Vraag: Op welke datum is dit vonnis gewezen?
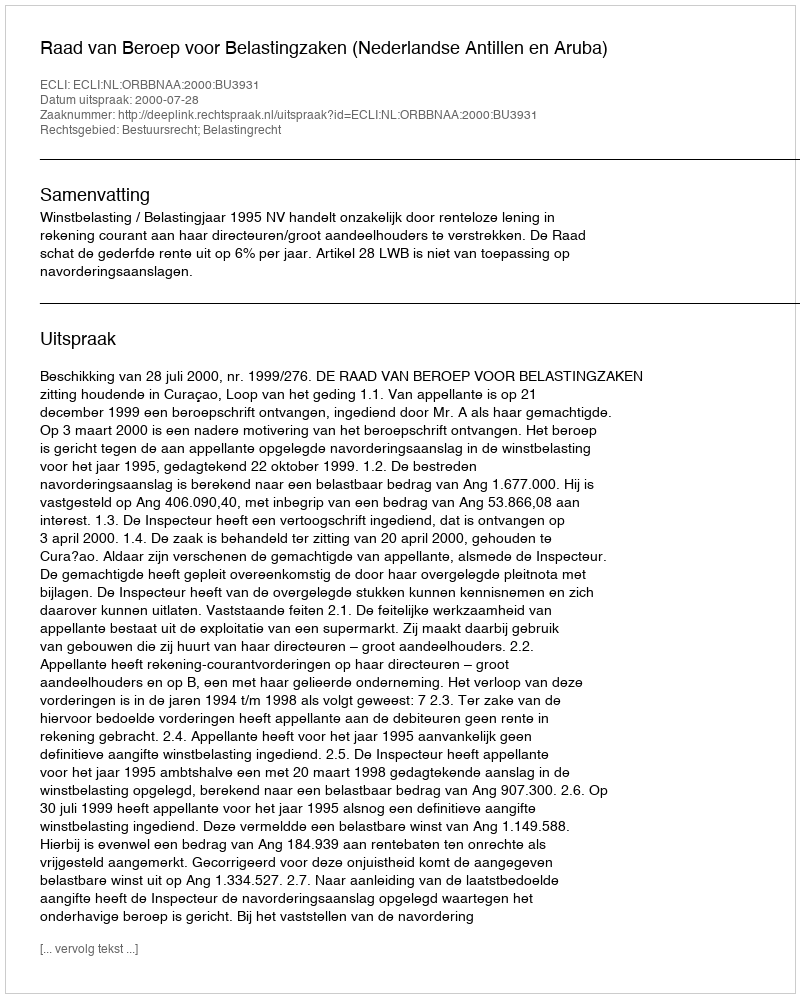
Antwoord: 2000-07-28